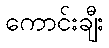
ကောင်းချီး